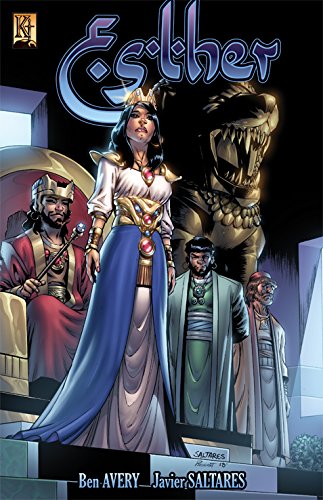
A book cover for Esther; Ben Avery; Comics & Graphic Novels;